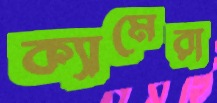
ক্যামেরা